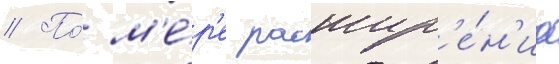
// По́ м'е́р'е расшир'е́н'иа